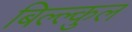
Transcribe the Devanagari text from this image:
बिल्ल्कुल